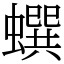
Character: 蟤